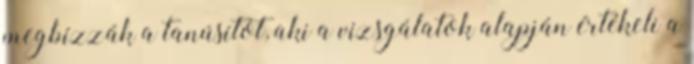
megbízzák a tanúsítót, aki a vizsgálatok alapján értékeli a